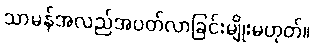
သာမန်အလည်အပတ်လာခြင်းမျိုးမဟုတ်။